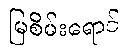
မြစိမ်းရောင်